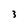
Character: 3